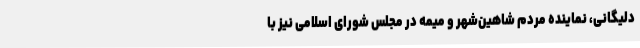
دلیگانی، نماینده مردم شاهین‌شهر و میمه در مجلس شورای اسلامی نیز با